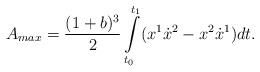
LaTeX: \begin{align*} A_{max} =\frac{(1+b)^3}{2}\int\limits_{t_{0}}^{t_{1}}(x^{1}\dot{x}^{2}-x^{2}\dot{x}^{1})dt. \end{align*}